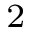
_ { 2 }